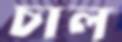
চাল